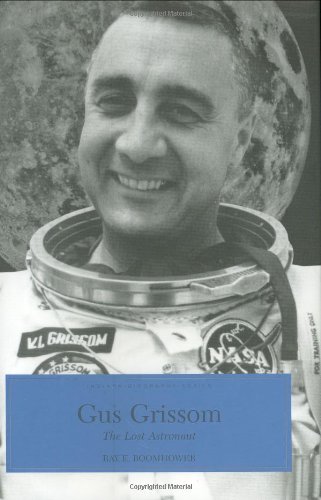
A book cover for Gus Grissom: The Lost Astronaut (Indiana Biography Series); Ray E. Boomhower; Biographies & Memoirs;